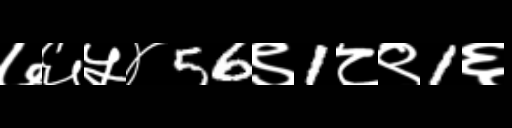
Text: ७६५४56९1८९1६